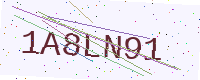
Text: 1A8LN91